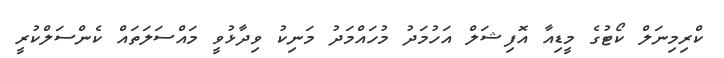
ކްރިމިނަލް ކޯޓުގެ މީޑިއާ އޮފިޝަލް އަހުމަދު މުހައްމަދު މަނިކު ވިދާޅުވީ މައްސަލަތައް ކެންސަލްކުރީ